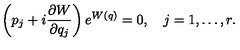
\left( p _ { j } + i { \frac { \partial W } { \partial q _ { j } } } \right) e ^ { W ( q ) } = 0 , \quad j = 1 , \ldots , r .